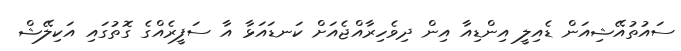
ސައުތުއޭޝިއަން ޑެއިލީ އިންޑިއާ އިން ދިވެހިރާއްޖެއަށް ކަނޑައަޅާ އާ ސަފީރެއްގެ ގޮތުގައި އަކިލޭޝް